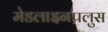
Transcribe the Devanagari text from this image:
मेडलाइनपलुस